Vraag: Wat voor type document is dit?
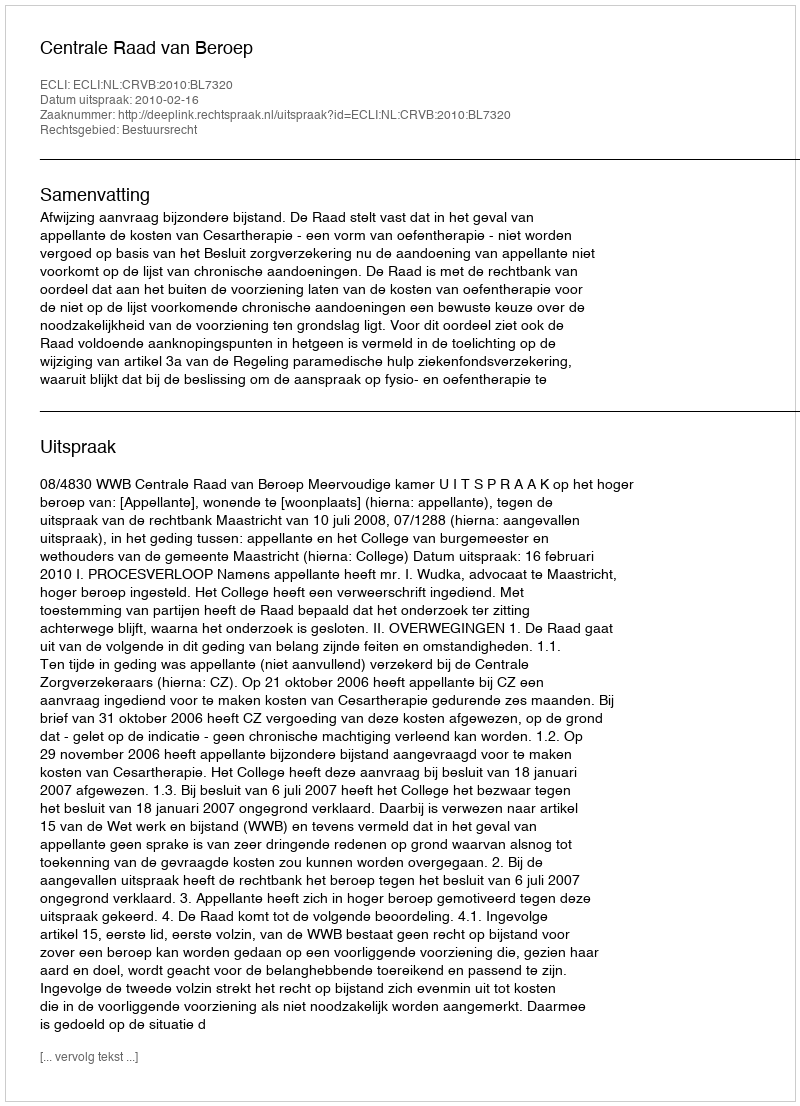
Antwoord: Uitspraak